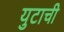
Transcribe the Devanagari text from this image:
युटाची